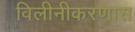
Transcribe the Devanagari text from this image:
विलीनीकरणास